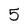
Character: 5